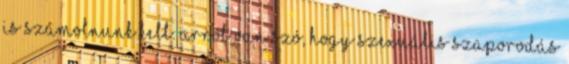
is számolnunk kell. Arról van szó, hogy szexuális szaporodás